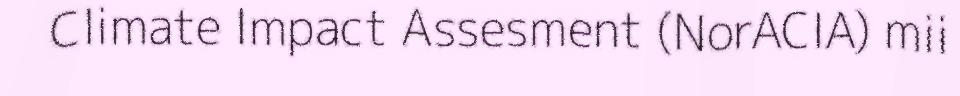
Climate Impact Assesment (NorACIA) mii